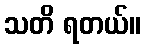
သတိ ရတယ်။